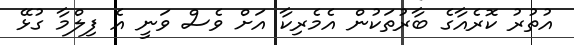
އުތުރު ކޮރެއާގެ ބާރުތަކުން އެމެރިކާ އަށް ވެސް ވަނީ އެ ފިލްމާ ގުޅޭ